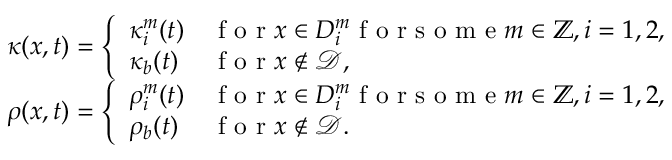
\begin{array} { r } { \kappa ( x , t ) = \left\{ \begin{array} { l l } { \kappa _ { i } ^ { m } ( t ) } & { \mathrm { ~ f ~ o ~ r ~ } x \in D _ { i } ^ { m } \mathrm { ~ f ~ o ~ r ~ s ~ o ~ m ~ e ~ } m \in \mathbb { Z } , i = 1 , 2 , } \\ { \kappa _ { b } ( t ) } & { \mathrm { ~ f ~ o ~ r ~ } x \not \in \mathcal { D } , } \end{array} \right. } \\ { \rho ( x , t ) = \left\{ \begin{array} { l l } { \rho _ { i } ^ { m } ( t ) } & { \mathrm { ~ f ~ o ~ r ~ } x \in D _ { i } ^ { m } \mathrm { ~ f ~ o ~ r ~ s ~ o ~ m ~ e ~ } m \in \mathbb { Z } , i = 1 , 2 , } \\ { \rho _ { b } ( t ) } & { \mathrm { ~ f ~ o ~ r ~ } x \not \in \mathcal { D } . } \end{array} \right. } \end{array}